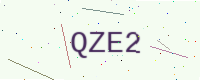
Text: QZE2